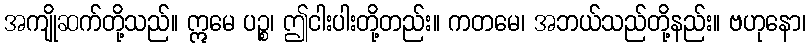
အကျိုဆက်တို့သည်။ ဣမေ ပဉ္စ၊ ဤငါးပါးတို့တည်း။ ကတမေ၊ အဘယ်သည်တို့နည်း။ ဗဟုနော၊